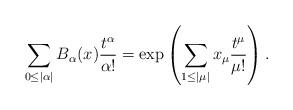
LaTeX: \begin{align*} \sum_{0\leq |\alpha|}B_{\alpha}(x)\frac{t^{\alpha}}{\alpha!}= \exp \left(\sum_{1\leq |\mu|} x_{\mu}\frac{t^{\mu}}{\mu!}\right). \end{align*}